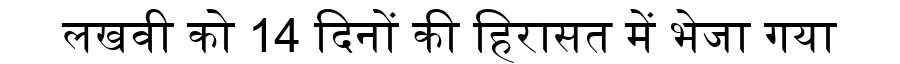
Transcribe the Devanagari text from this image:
लखवी को 14 दिनों की हिरासत में भेजा गया